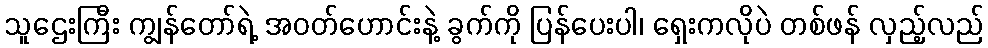
သူဌေးကြီး ကျွန်တော်ရဲ့ အဝတ်ဟောင်းနဲ့ ခွက်ကို ပြန်ပေးပါ၊ ရှေးကလိုပဲ တစ်ဖန် လှည့်လည်